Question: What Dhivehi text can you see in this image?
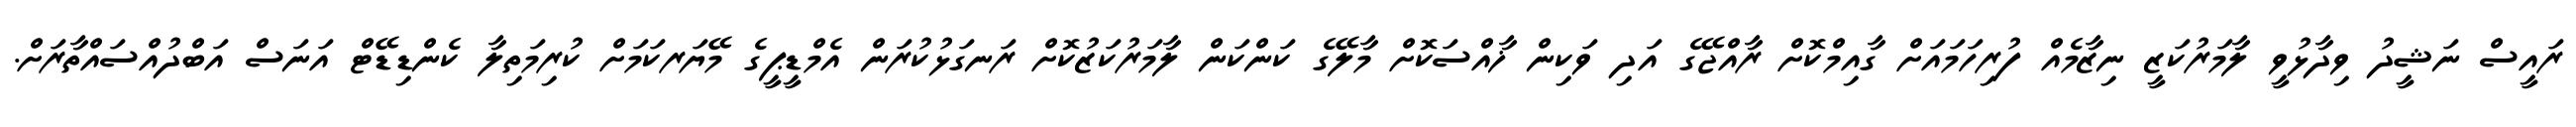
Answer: ރައީސް ނަޝީދު ވިދާޅުވީ ލާމަރުކަޒީ ނިޒާމެއް ފުރިހަމައަށް ގާއިމްކޮށް ރާއްޖޭގެ އަދި ވަކިން ޚާއްސަކޮށް މާލޭގެ ކަންކަން ލާމަރުކަޒުކޮށް ރަނގަޅުކުރަން އެމްޑީޕީގެ މޭޔަރކަމަށް ކުރިމަތިލާ ކެންޑިޑޭޓް އަނަސް އަބްދުއްސައްތާރަށް.